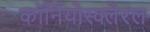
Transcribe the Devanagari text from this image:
कॉर्नियोस्क्लेरल